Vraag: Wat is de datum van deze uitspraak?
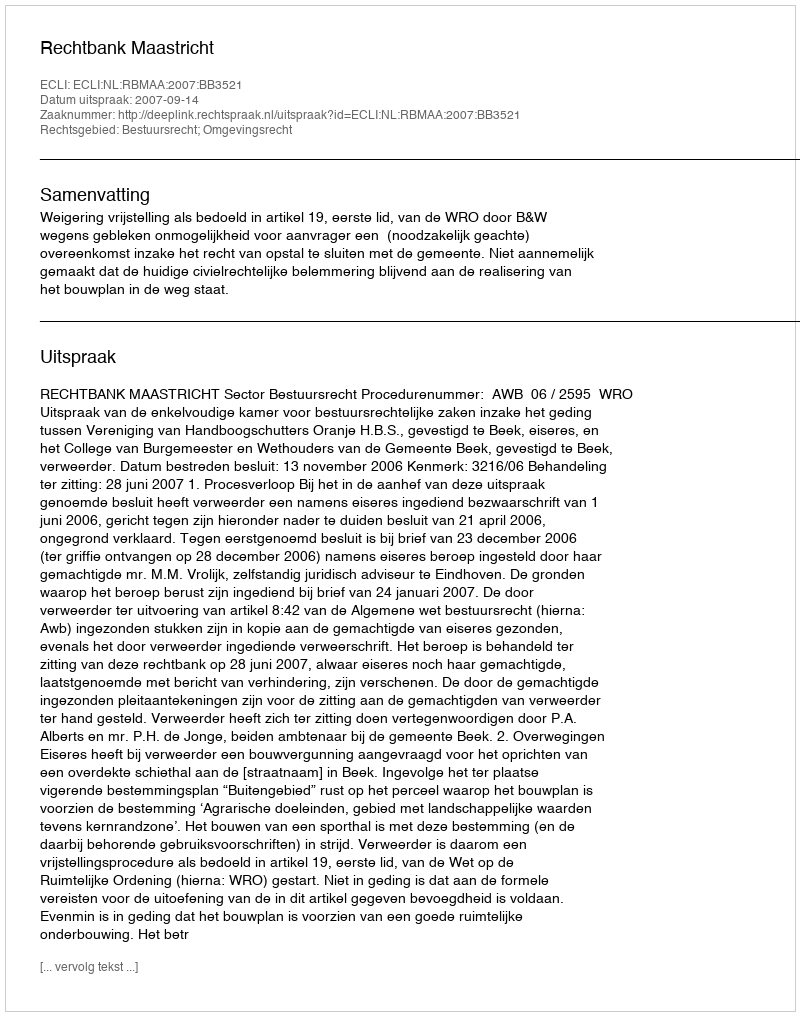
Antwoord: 2007-09-14